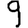
Digit: 9